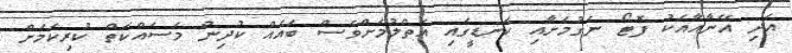
އަދި އޭނާއާއެކު ފޮޓޯ ނެގުމަށާއި ކަނޑީގައި އަތްލުމަށްވެސް ބައެއް ކުދިން މަސައްކަތް ކުރިކަމަށް